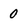
Character: 0